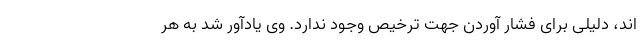
اند، دلیلی برای فشار آوردن جهت ترخیص وجود ندارد. وی یادآور شد به هر